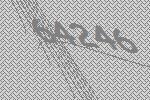
64246